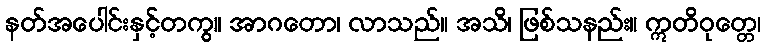
နတ်အပေါင်းနှင့်တကွ။ အာဂတော၊ လာသည်။ အသိ၊ ဖြစ်သနည်း။ ဣတိဝုတ္တေ၊